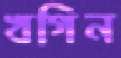
খগিন